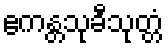
ဧကန္တသုခီသုတ္တံ